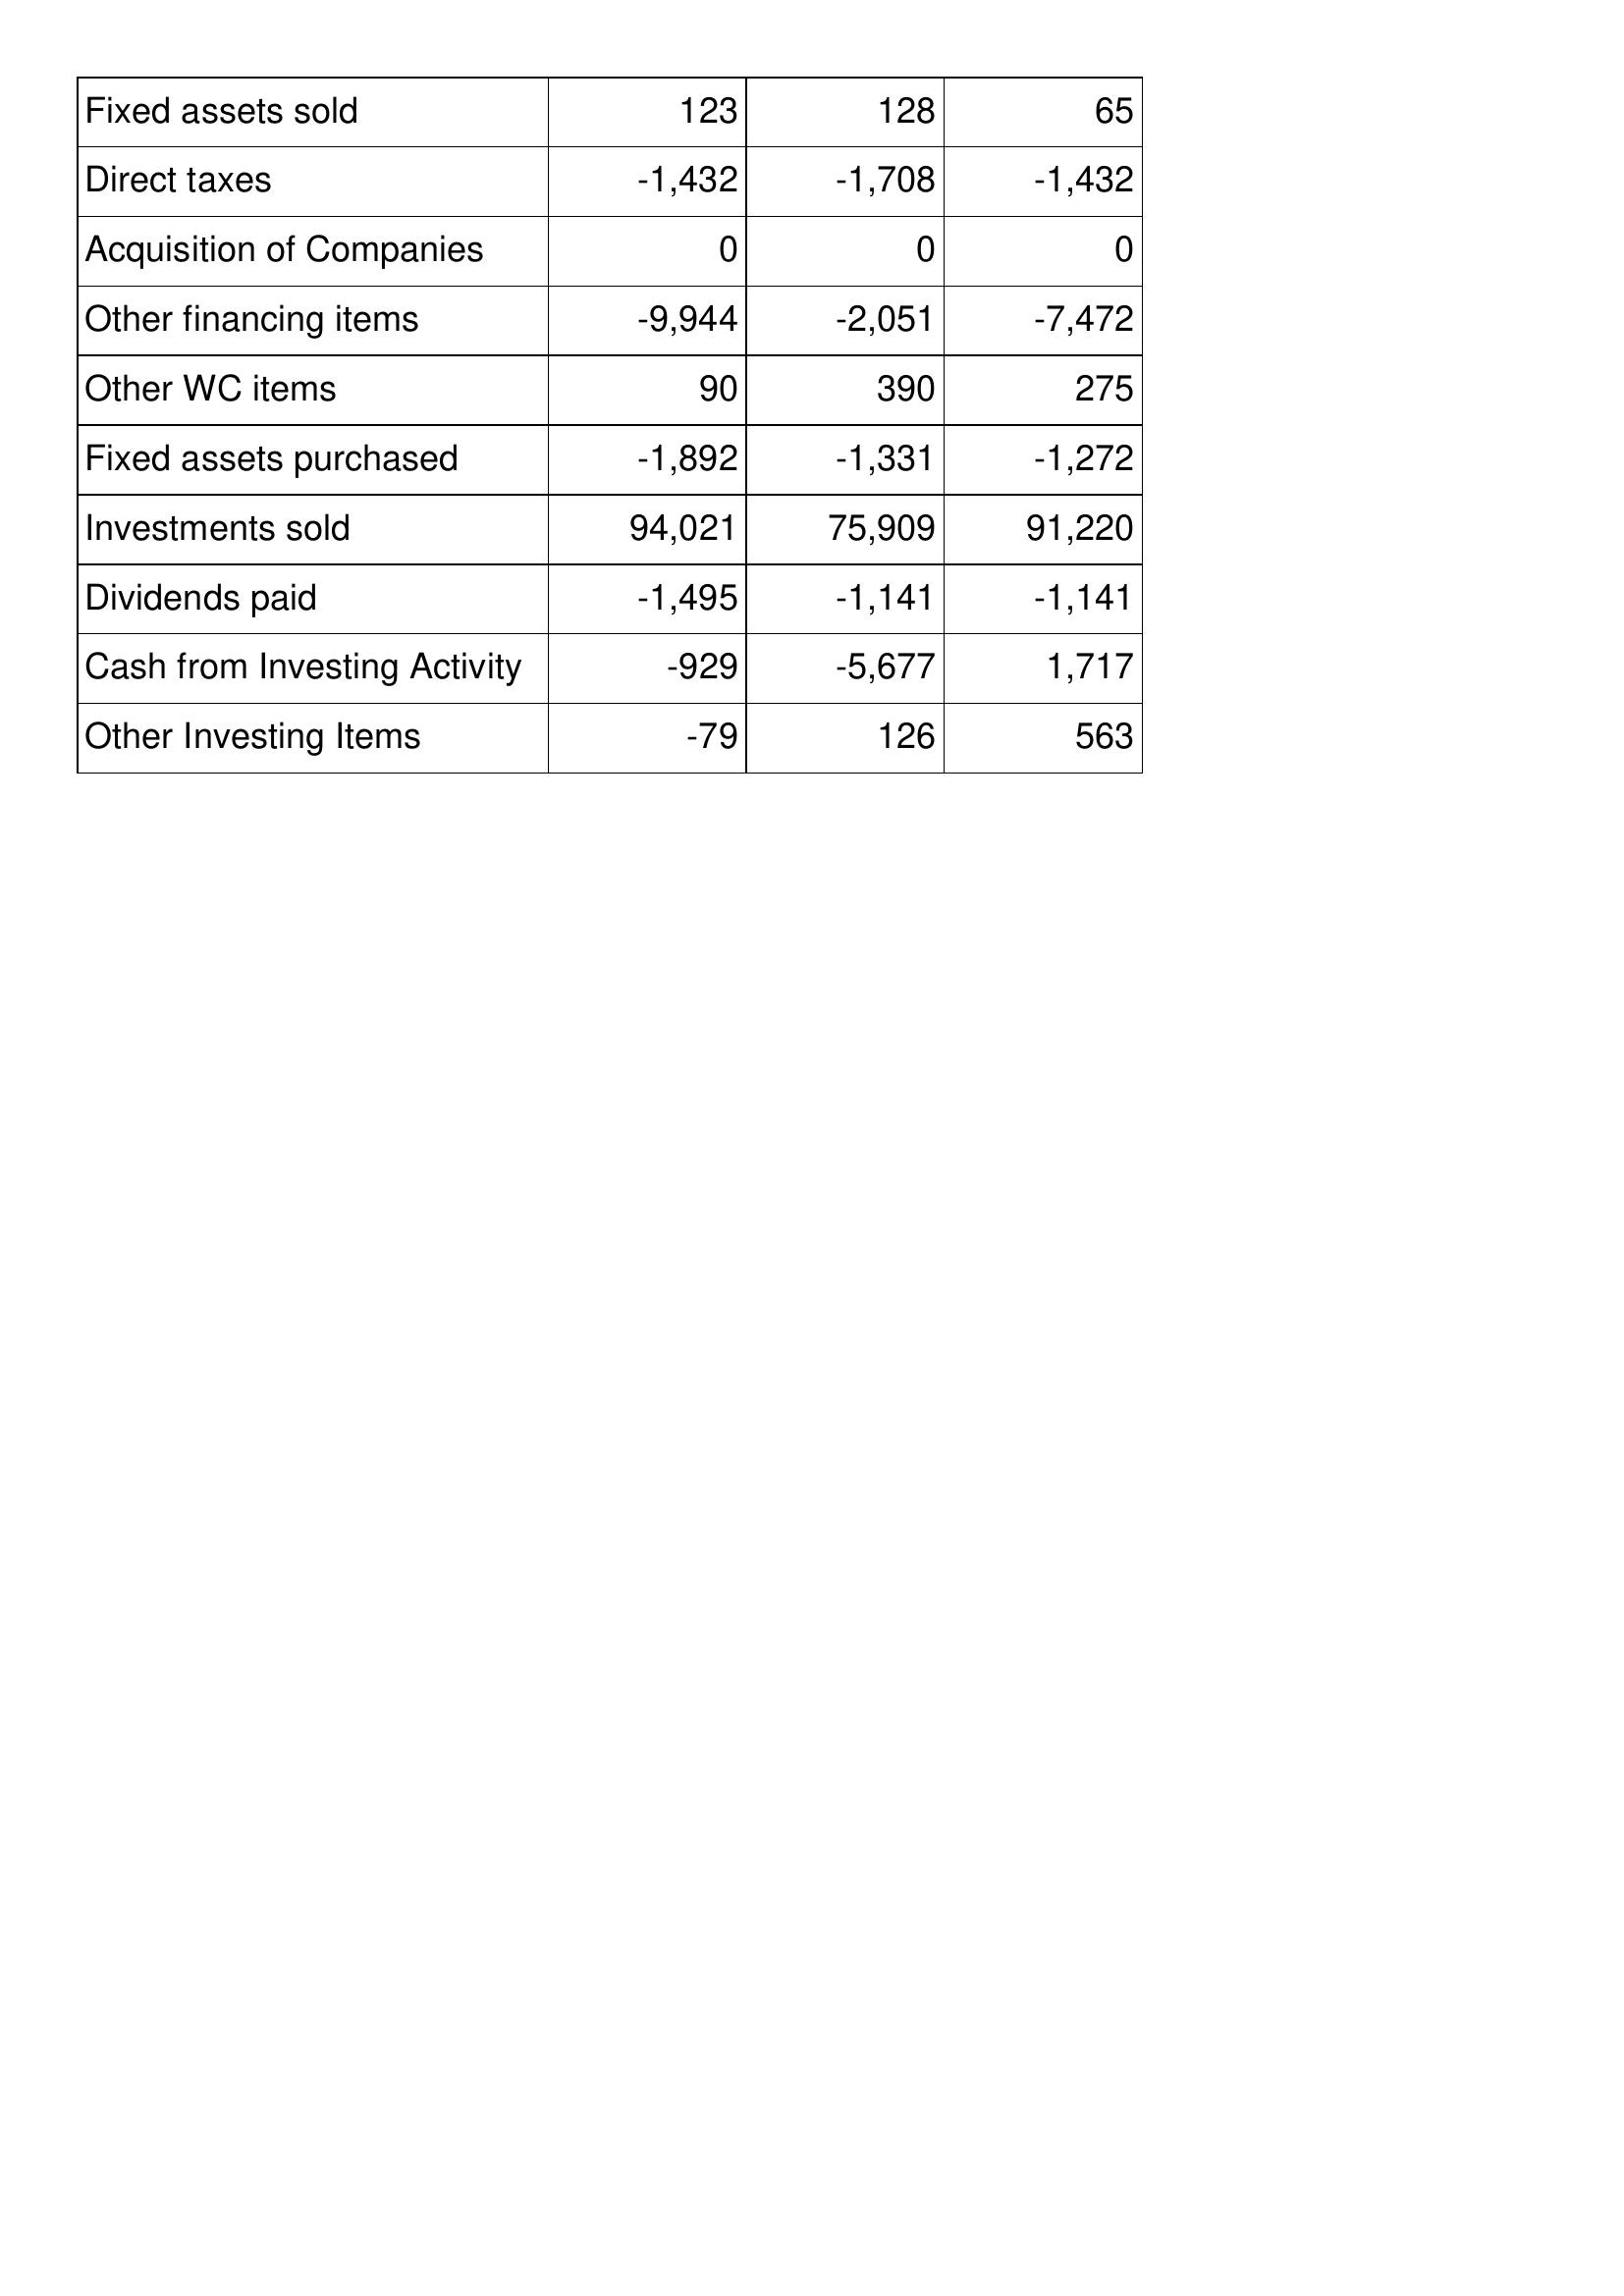
Dec-12: Cash Flows: Fixed assets sold: 123
Direct taxes: -1,432
Acquisition of Companies: 0
Other financing items: -9,944
Other WC items: 90
Fixed assets purchased: -1,892
Investments sold: 94,021
Dividends paid: -1,495
Cash from Investing Activity: -929
Other Investing Items: -79
Dec-13: Cash Flows: Fixed assets sold: 128
Direct taxes: -1,708
Acquisition of Companies: 0
Other financing items: -2,051
Other WC items: 390
Fixed assets purchased: -1,331
Investments sold: 75,909
Dividends paid: -1,141
Cash from Investing Activity: -5,677
Other Investing Items: 126
Dec-14: Cash Flows: Fixed assets sold: 65
Direct taxes: -1,432
Acquisition of Companies: 0
Other financing items: -7,472
Other WC items: 275
Fixed assets purchased: -1,272
Investments sold: 91,220
Dividends paid: -1,141
Cash from Investing Activity: 1,717
Other Investing Items: 563